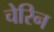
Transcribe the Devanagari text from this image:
चेरिन